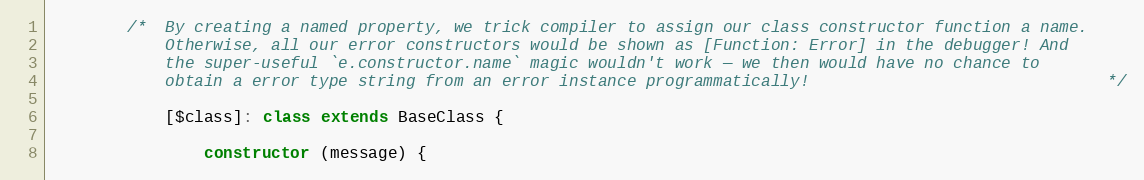
Language: JavaScript
        /*  By creating a named property, we trick compiler to assign our class constructor function a name.
            Otherwise, all our error constructors would be shown as [Function: Error] in the debugger! And
            the super-useful `e.constructor.name` magic wouldn't work — we then would have no chance to
            obtain a error type string from an error instance programmatically!                               */

            [$class]: class extends BaseClass {

                constructor (message) {